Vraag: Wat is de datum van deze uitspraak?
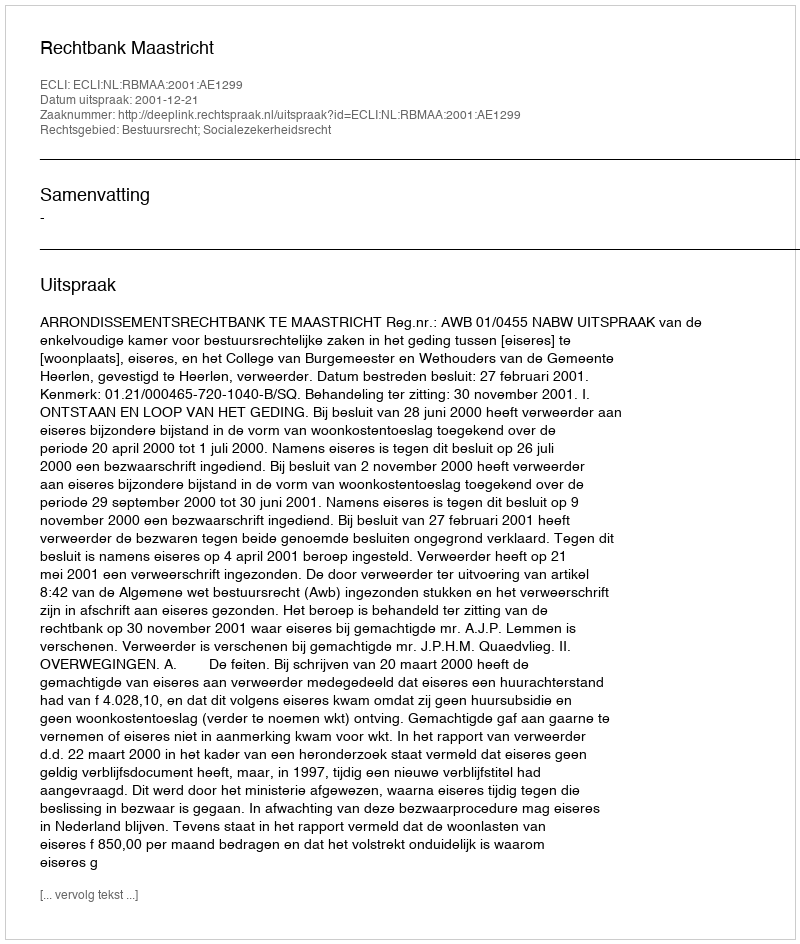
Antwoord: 2001-12-21